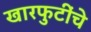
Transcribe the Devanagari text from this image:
खारफुटींचे